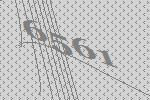
6561